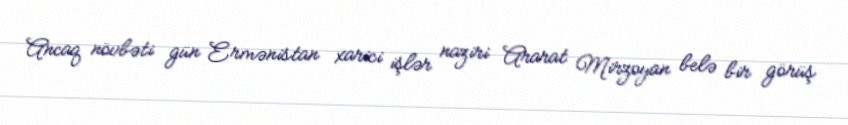
Ancaq növbəti gün Ermənistan xarici işlər naziri Ararat Mirzoyan belə bir görüş